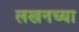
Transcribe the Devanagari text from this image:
लखनच्या